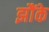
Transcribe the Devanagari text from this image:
झौंके